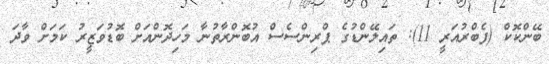
ބޭންކޮކް (ފެބްރުއަރީ 11): ތައިލޭންޑުގެ ޕްރިންސެސް އުބޮންރާތުނާ މަހިދޮންއަށް ބޮޑުވަޒީރު ކަމަށް ވާދަ